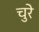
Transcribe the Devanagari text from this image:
चुरे